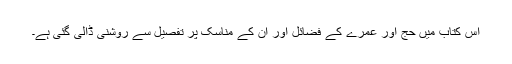
اس کتاب میں حج اور عمرے کے فضائل اور ان کے مناسک پر تفصیل سے روشنی ڈالی گئی ہے۔